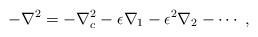
LaTeX: \begin{align*}-\nabla^2=-\nabla_c^2-\epsilon\nabla_1-\epsilon^2\nabla_2-\cdots\;,\end{align*}